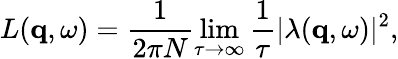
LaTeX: L(\mathbf{q},\omega)=\frac{1}{2\pi N}\operatorname*{lim}_{\tau\to\infty}\frac{1}{\tau}|\lambda(\mathbf{q},\omega)|^{2},